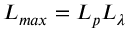
L _ { m a x } = L _ { p } L _ { \lambda }